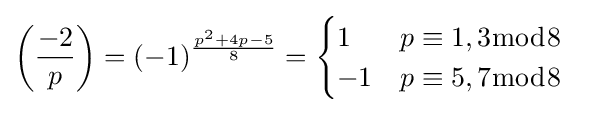
{\begin{aligned}\left({\frac {-2}{p}}\right)&=(-1)^{\frac {p^{2}+4p-5}{8}}={\begin{cases}1&p\equiv 1,3{\bmod {8}}\\-1&p\equiv 5,7{\bmod {8}}\end{cases}}\end{aligned}}